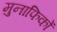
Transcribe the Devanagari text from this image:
मुनाफिकों